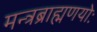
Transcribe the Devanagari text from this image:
मन्त्रब्राह्मणयोः